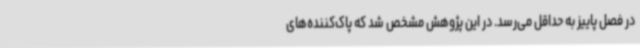
در فصل پاییز به حداقل می‌رسد. در این پژوهش مشخص شد که پاک‌کننده‌های